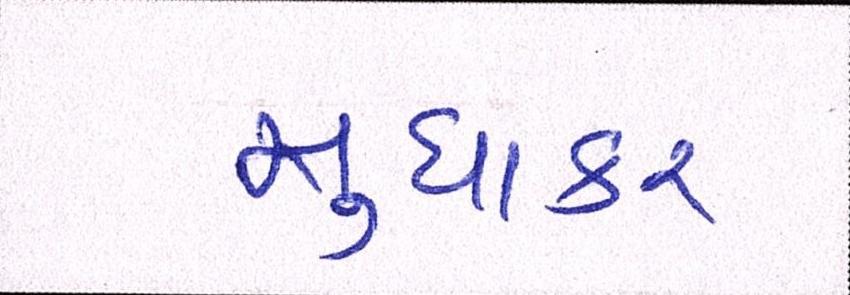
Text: સુધાકર